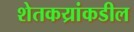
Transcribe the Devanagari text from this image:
शेतकय्रांकडील